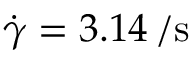
\dot { \gamma } = 3 . 1 4 \, \mathrm { / s }